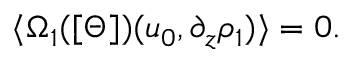
\langle \Omega _ { 1 } ( [ \Theta ] ) ( u _ { 0 } , \partial _ { z } \rho _ { 1 } ) \rangle = 0 .